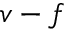
v - f